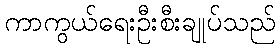
ကာကွယ်ရေးဦးစီးချုပ်သည်